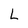
Character: L